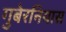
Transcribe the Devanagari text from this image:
गुबेरनियास